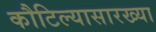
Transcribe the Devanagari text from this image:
कौटिल्यासारख्या